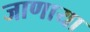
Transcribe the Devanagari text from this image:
जाणाया